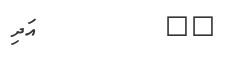
٤٣         އަދި